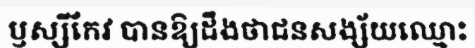
ឫស្សីកែវ បានឱ្យដឹងថាជនសង្ស័យឈ្មោះ